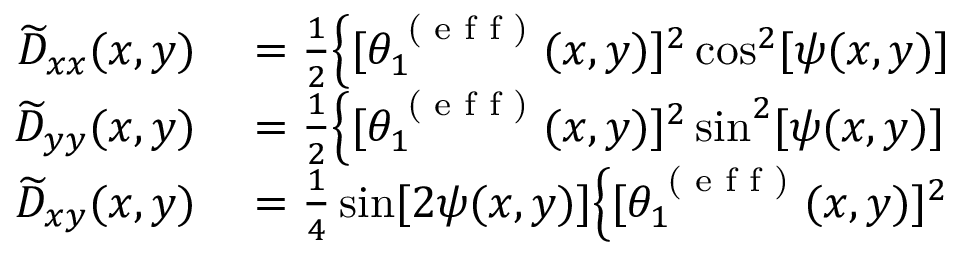
\begin{array} { r l } { \widetilde { D } _ { x x } ( x , y ) } & { { } = \frac { 1 } { 2 } \Big \{ [ \theta _ { 1 } ^ { \textrm { ( e f f ) } } ( x , y ) ] ^ { 2 } \cos ^ { 2 } [ \psi ( x , y ) ] } \\ { \widetilde { D } _ { y y } ( x , y ) } & { { } = \frac { 1 } { 2 } \Big \{ [ \theta _ { 1 } ^ { \textrm { ( e f f ) } } ( x , y ) ] ^ { 2 } \sin ^ { 2 } [ \psi ( x , y ) ] } \\ { \widetilde { D } _ { x y } ( x , y ) } & { { } = \frac { 1 } { 4 } \sin [ 2 \psi ( x , y ) ] \Big \{ [ \theta _ { 1 } ^ { \textrm { ( e f f ) } } ( x , y ) ] ^ { 2 } } \end{array}